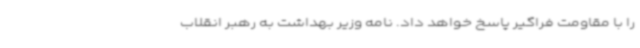
را با مقاومت فراگیر پاسخ خواهد داد. نامه وزیر بهداشت به رهبر انقلاب